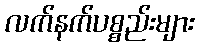
လက်နက်ပစ္စည်းများ